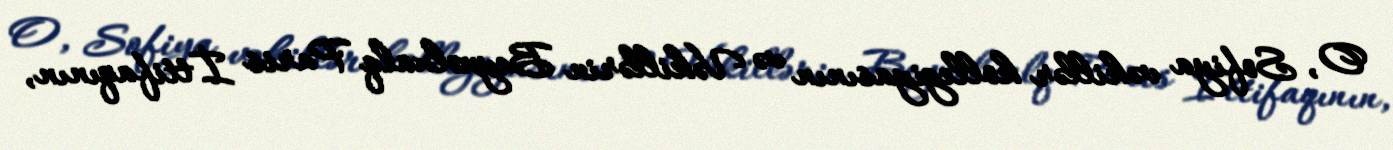
O, Sofiya vəkillər kollegiyasının və Vəkillərin Beynəlxalq Paris İttifaqının,